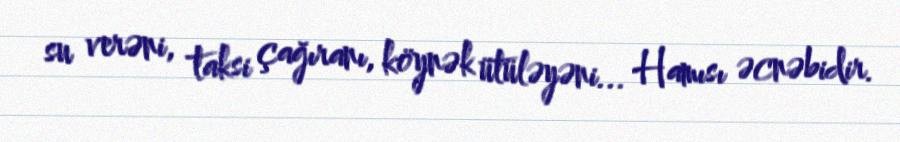
su verəni, taksi çağıranı, köynək ütüləyəni... Hamısı əcnəbidir.